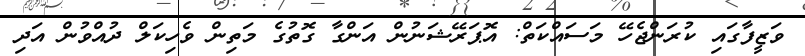
ވަޒީފާގައި ކުރަންޖެހޭ މަސައްކަތް: އޮޕަރޭޝަނުން އަންގާ ގޮތުގެ މަތިން ވެހިކަލް ދުއްވުން އަދި